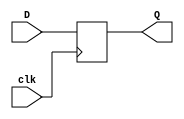
module d_flip_flop (
    input wire clk,  // Clock input
    input wire D,    // Data input
    output reg Q     // Data output
);

// Behavioral modeling using non-blocking assignments
always @(posedge clk) begin
    Q <= D;  // Update Q with the value of D at the rising edge of clk
end

endmodule